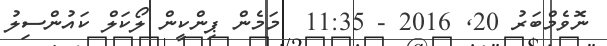
ނޮވެމްބަރު 20